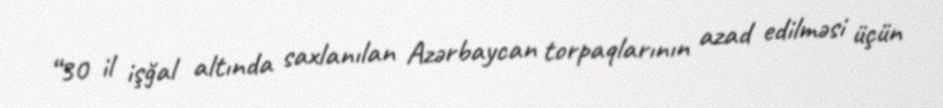
“30 il işğal altında saxlanılan Azərbaycan torpaqlarının azad edilməsi üçün